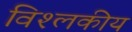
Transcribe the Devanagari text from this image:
विश्लकीय